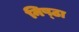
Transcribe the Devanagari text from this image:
निष्‍ठा